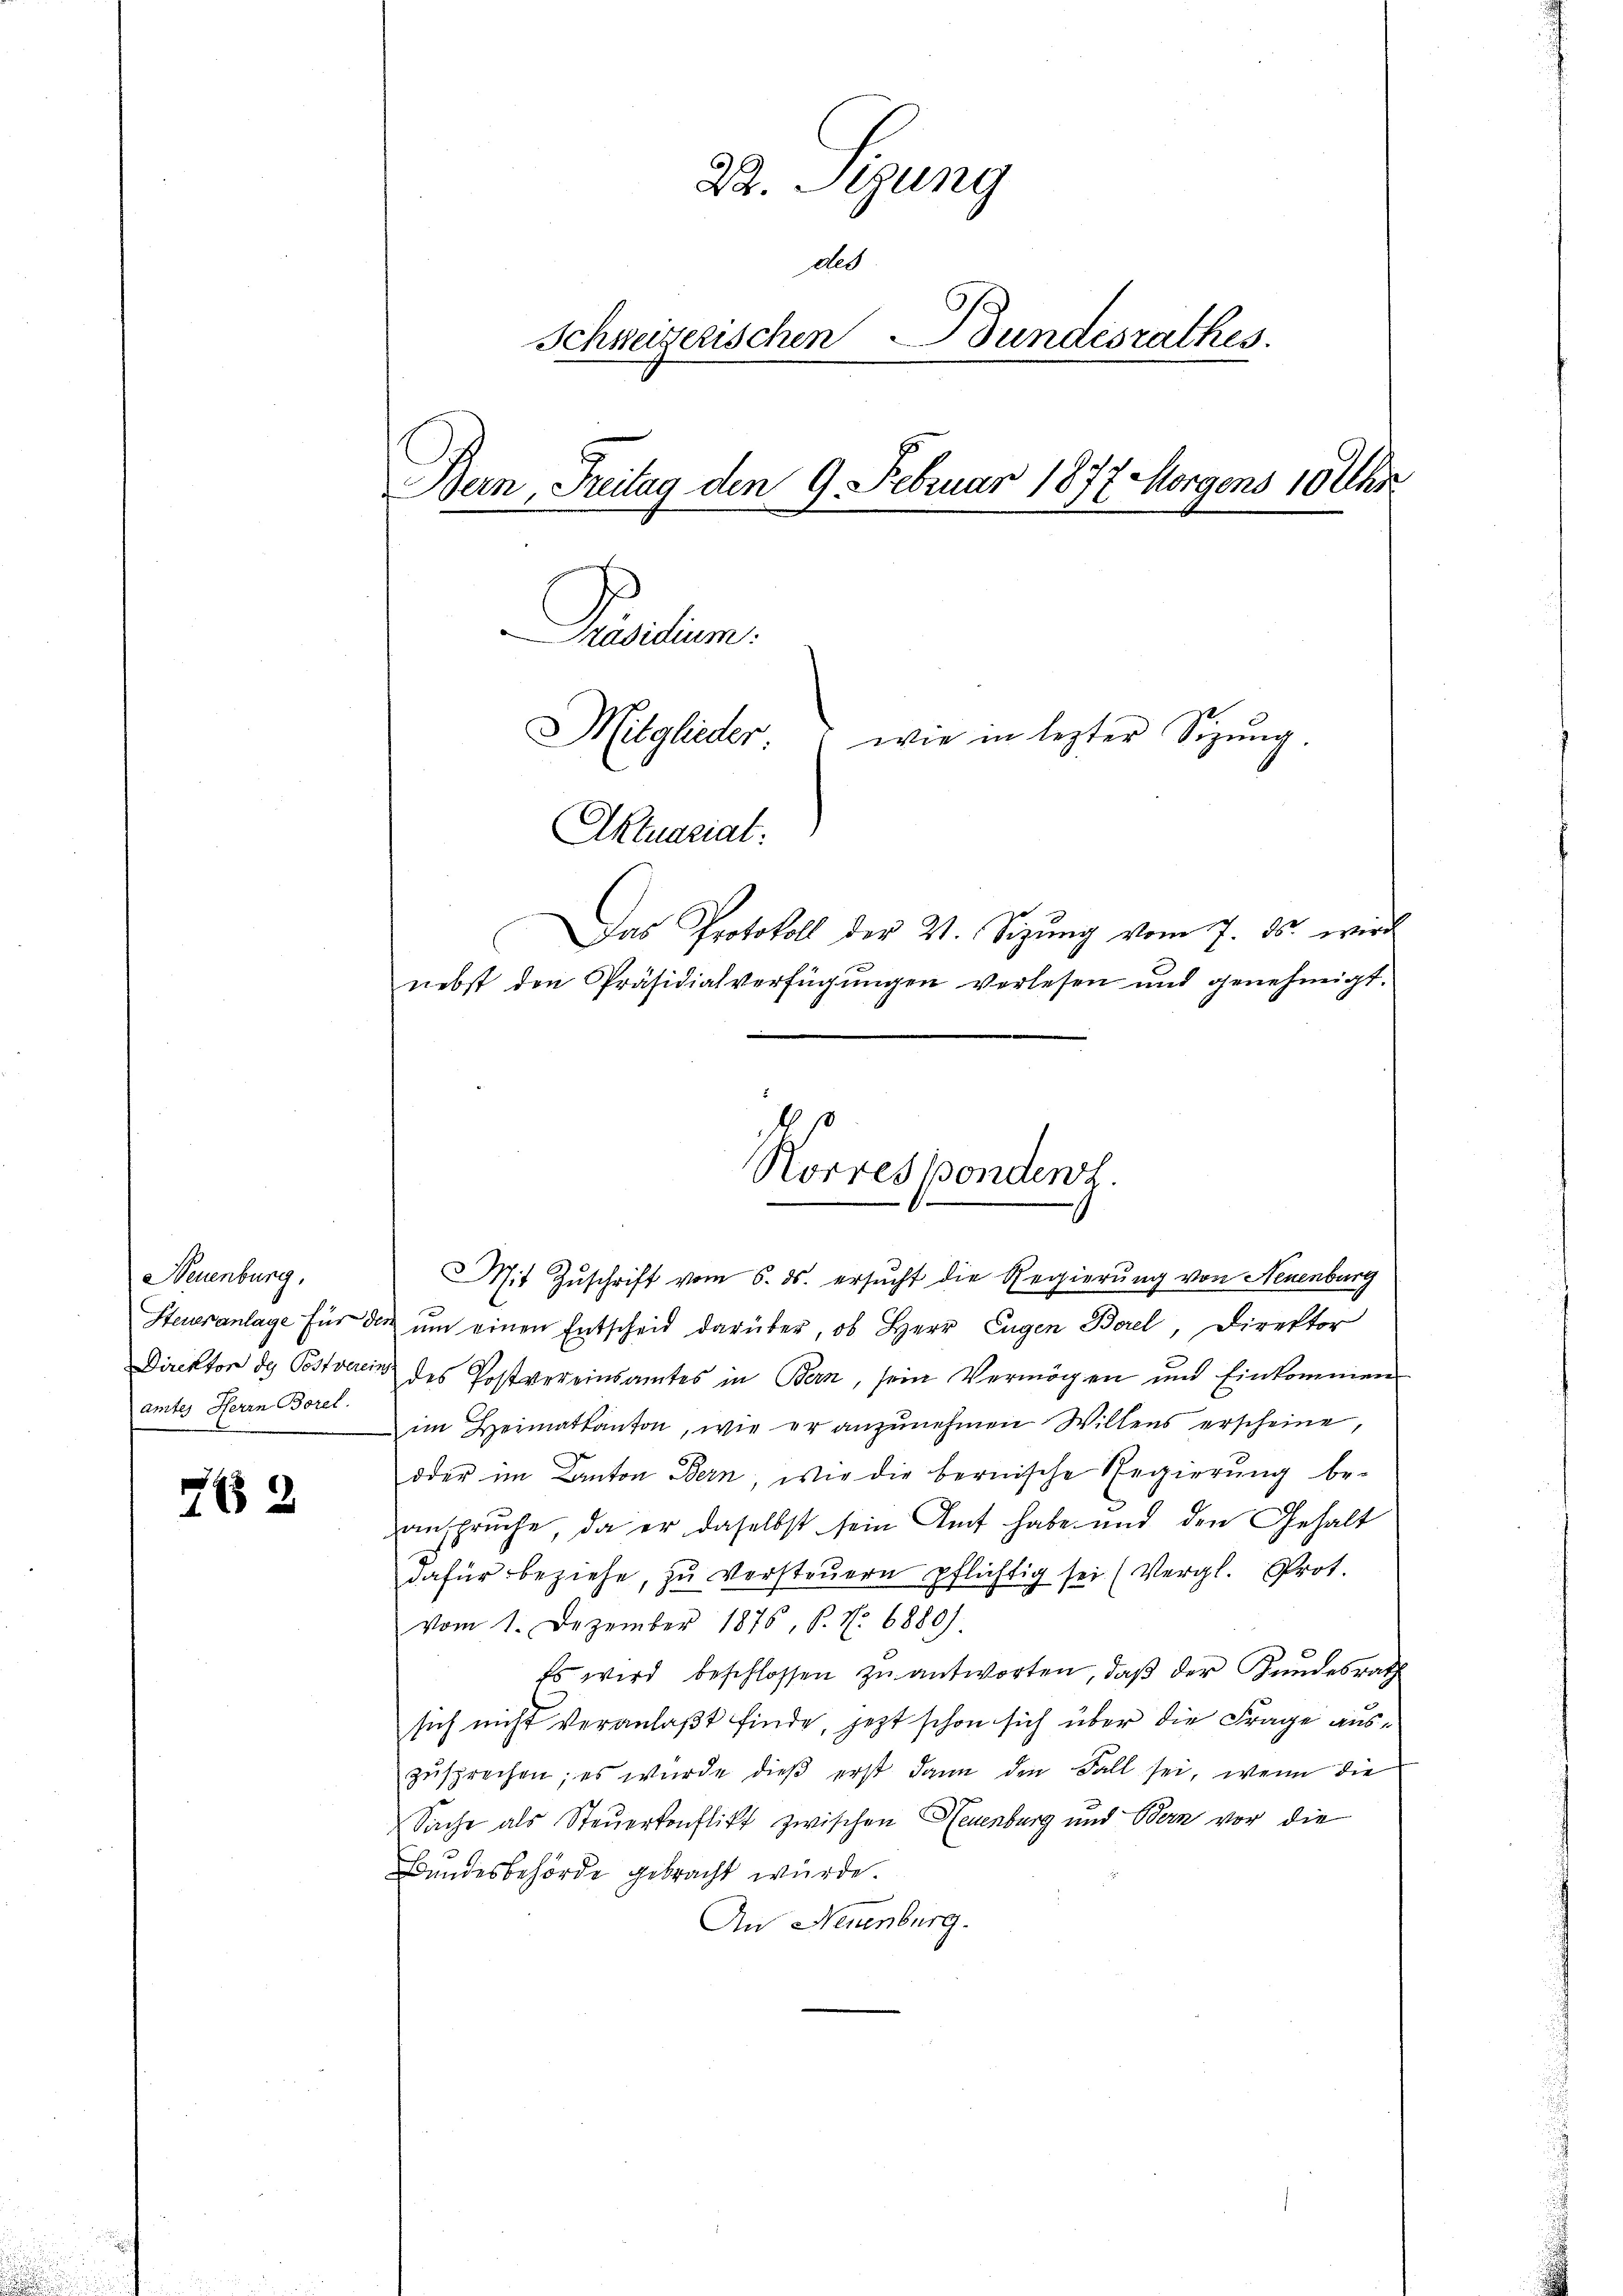
Neuenburg,
amtes Herrn Borel.

72

22. Sizung
des
Schweizerischen Bundesrathes.
Bern, Freitag den 9. Februar 1872 Morgens 10 Uhr
Präsidium.
Mitglieder.
wie in lezter Sizŭng.
Aktuariat:
Das Protokoll der 21. Sizŭng vom 7. ds. wird
nebst den Präsidialverfügungen verlesen und genehmigt.

Korrespondenz.

Mit Zuschrift vom 6. ds. ersucht die Regierung von Neuenburg
Steueranlage für die ŭm einen Entscheid darüber, ob Herr Eugen Borel, Direktor
Direktor des Postverein des Postvereinsamtes in Bern, sein Vermögen und Einkommen
im Heimatkanton, wie er anzunehmen Willens erscheine,
oder im Canton Bern, wie die bernische Regierŭng be-
anspruche, da er daselbst sein Amt habe und den Gehalt
dafür beziehe, zŭ versteŭern pflichtig sei (Vergl. Prot.
vom 1. Dezember 1876, S. Nr. 6880).
Es wird beschlossen zŭ antworten, daβ der Kundesrath
sich nicht veranlaßt finde, jetzt schon sich über die Frage auszusprechen; es würde dieβ erst dann den Fall sei, wenn die
Sache als Steuerkonflikt zwischen Neuenburg und Bern vor die
Bundesbehörde gebracht würde.
An Neuenburg.